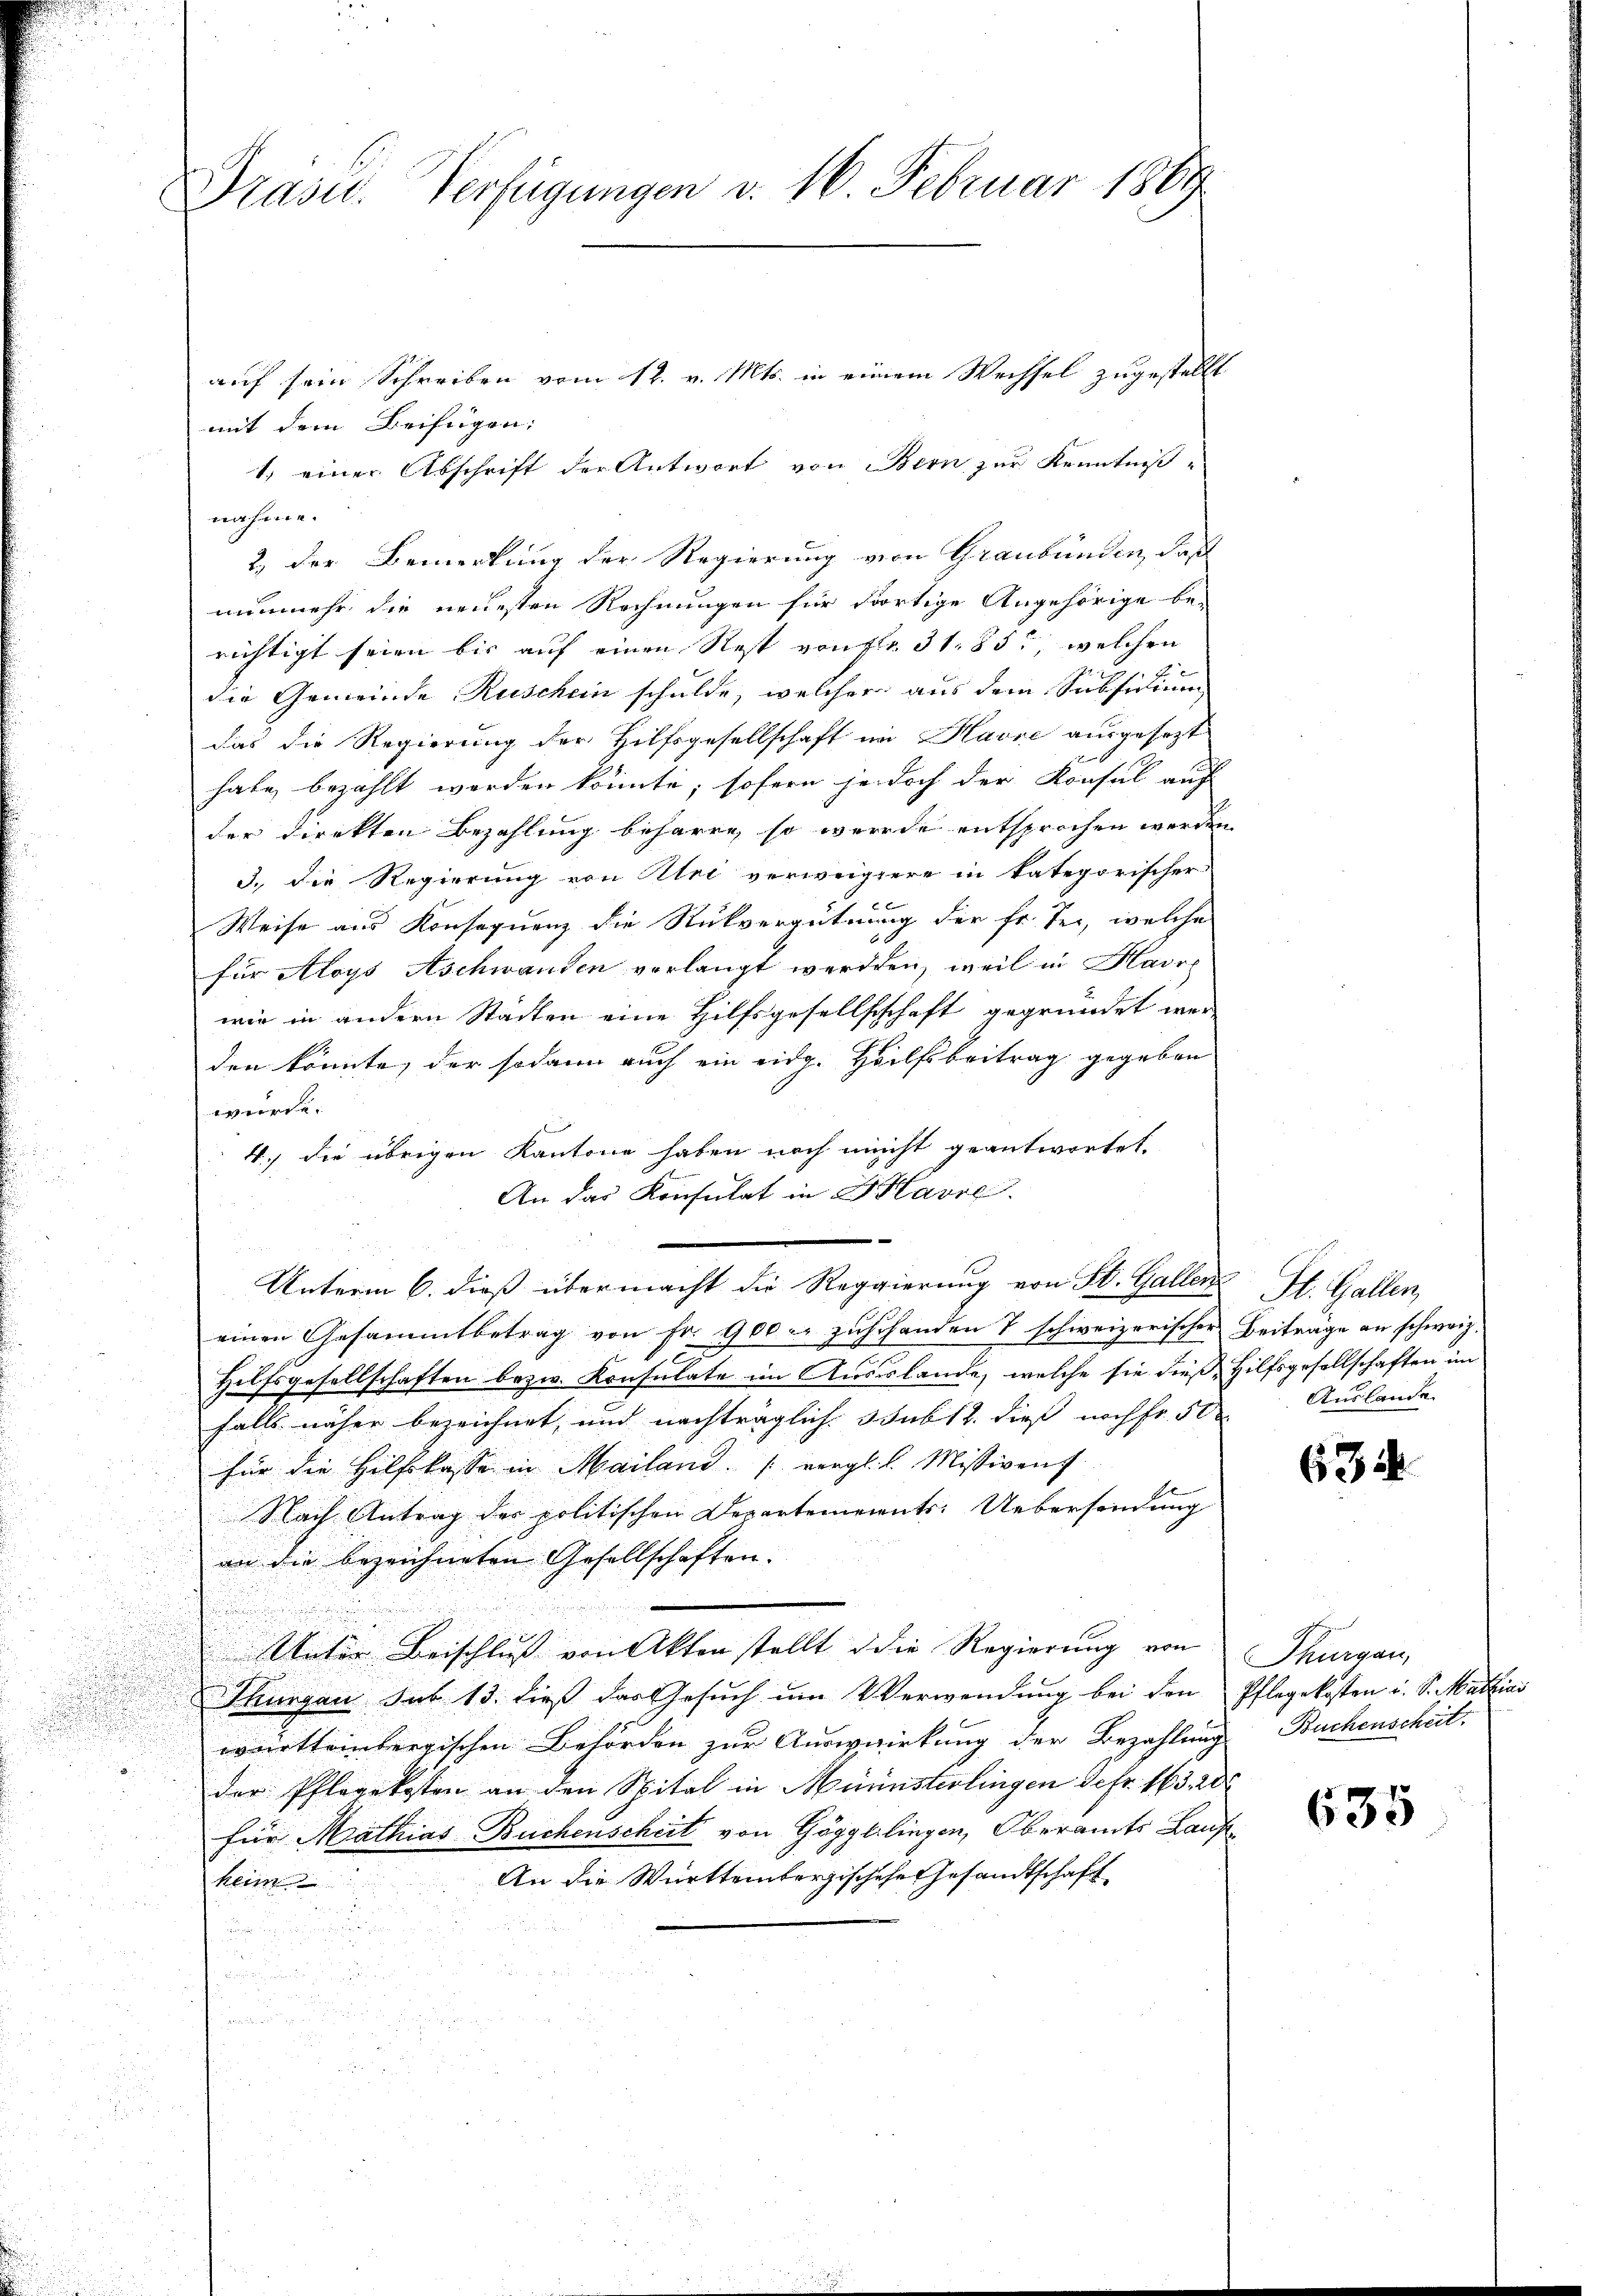
Präsid.. Verfügungen v. 16. Februar 1889

mit dem Beifügen: |
1) einer Abschrift der Antwort von Bern zur Kenntnißnahme.
2) der Bemerkung der Regierung von Graubünden, daß
nunmehr die neuesten Rechnungen für dortige Angehörige be-
richtigt seien bis auf einen Rest von Fr. 31. 85, welchen
die Gemeinde Ruschein schulde, welcher aus dem Subsidium
das die Regierung der Hilfsgesellschaft im Havre ausgesezt
habe bezahlt werden könnte; sofern jedoch der Konsul auch
der Direkten Bezahlung beharre, so werde entsprochen werden.
3.) Die Regierung von Uri verweigere in kategorischer
Weise aus Konsequenz die Rückvergütung der Fr. Tei, welche
für Aloys Aschwanden verlangt werden, weil in Havr
wie in andern Städten eine Hilfsgesellschchaft gegründet wer
den könnte, der sodann auch ein eidg. Heilfsbeitrag gegeben
würde.
4.) Die übrigen Kantone haben noch nicht geantwortet.
An das Konsulat in G Havre
L
Unterm 6. dieß übermacht die Reggierung von St. Galler St. Gallen,
einen Gesammtbetrag von Fr. 900 u. jahrhanden & schweizerischer Beiträge an schweiz.
c
Hilfsgesellschaften bezw. Konsulate im Ausslande, welche sie dieß Hilfsgesellschaften im
falls näher bezeichnet, und nachträglich Subst dies noch Fr. 50. Auslande
für die Hilfskasse in Mailand. (vergl. L. Missiven
Nach Antrag der politischen Departements-Uebersendung
an die bezeichneten Gesellschaften. |
Unter Beischluß von Akten stellt die Regierung von
Thurgau sub 13. dieß das Gesuch um Verwendung bei den
württeinbergischen Behörden zur Auswirkung der Bezahlung
der Pflegekosten an den Spital in Ministerlingen defr. 163. 20
für Mathias Buchenscheit von Göggllingen, Oberamts Lauf¬
An die Württembergischehen Gesandtschaft
keim
d
Für
u

auf sein Schreiben vom 12. v. Mts. in einem Wechsel zugestellt

63

Thurgau,
Pflegekosten u. S. Mathias
Buchenscheit.

635